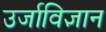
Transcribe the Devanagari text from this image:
उर्जाविज्ञान